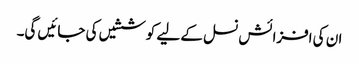
ان کی افزائش نسل کے لیے کوششیں کی جائیں گی۔